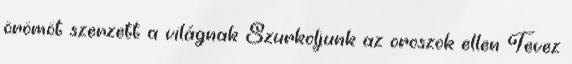
örömöt szerzett a világnak Szurkoljunk az oroszok ellen Tevez